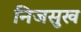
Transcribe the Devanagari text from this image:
निजसुख